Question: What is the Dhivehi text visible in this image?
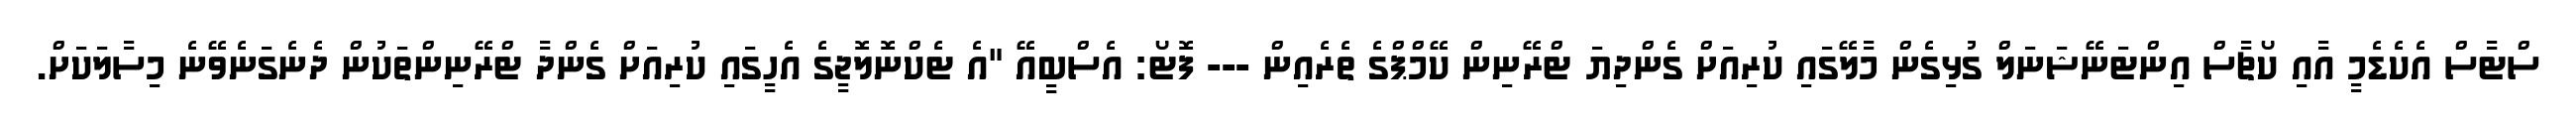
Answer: ސްޓާސް އެކެޑެމީ އާއި ކޯޗާސް އިންޓަނޭޝަނަލް ގުޅިގެން މާލޭގައި ކުރިއަށް ގެންދިޔަ ޓްރޭނިން ކޭމްޕްގެ ތެރެއިން --- ފޮޓޯ: އެސްބީއޭ "އެ ޓެކްނޮލޮޖީގެ އެހީގައި ކުރިއަށް ގެންދާ ޓްރޭނިންތަކުން ދެނެގަނެވޭނެ މިސާލަކަށް.